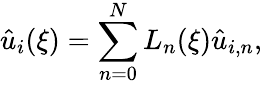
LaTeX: \hat{u}_{i}(\xi)=\sum_{n=0}^{N}L_{n}(\xi)\hat{u}_{i,n},